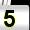
Digit: 5